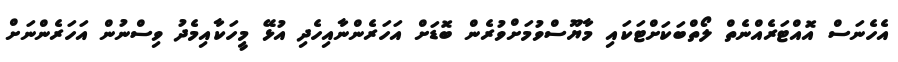
އެހެނަސް އޮއްޓަރެއްނެތް ލޯތްބަކަށްޓަކައި މާޔޫސްވުމަށްވުރެން ބޮޑަށް އަހަރެންނާއިހެދި އުޅޭ މީހަކާއިމެދު ވިސްނުން އަހަރެންނަށް